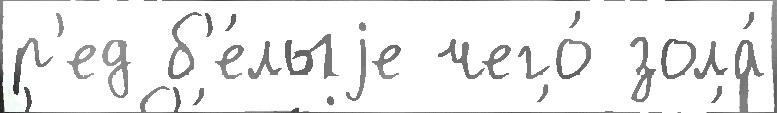
р'ед б'е́лыjе чего́ зола́